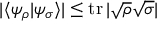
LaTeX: | \langle \psi _ { \rho } | \psi _ { \sigma } \rangle | \leq \operatorname { t r } | { \sqrt { \rho } } { \sqrt { \sigma } } |